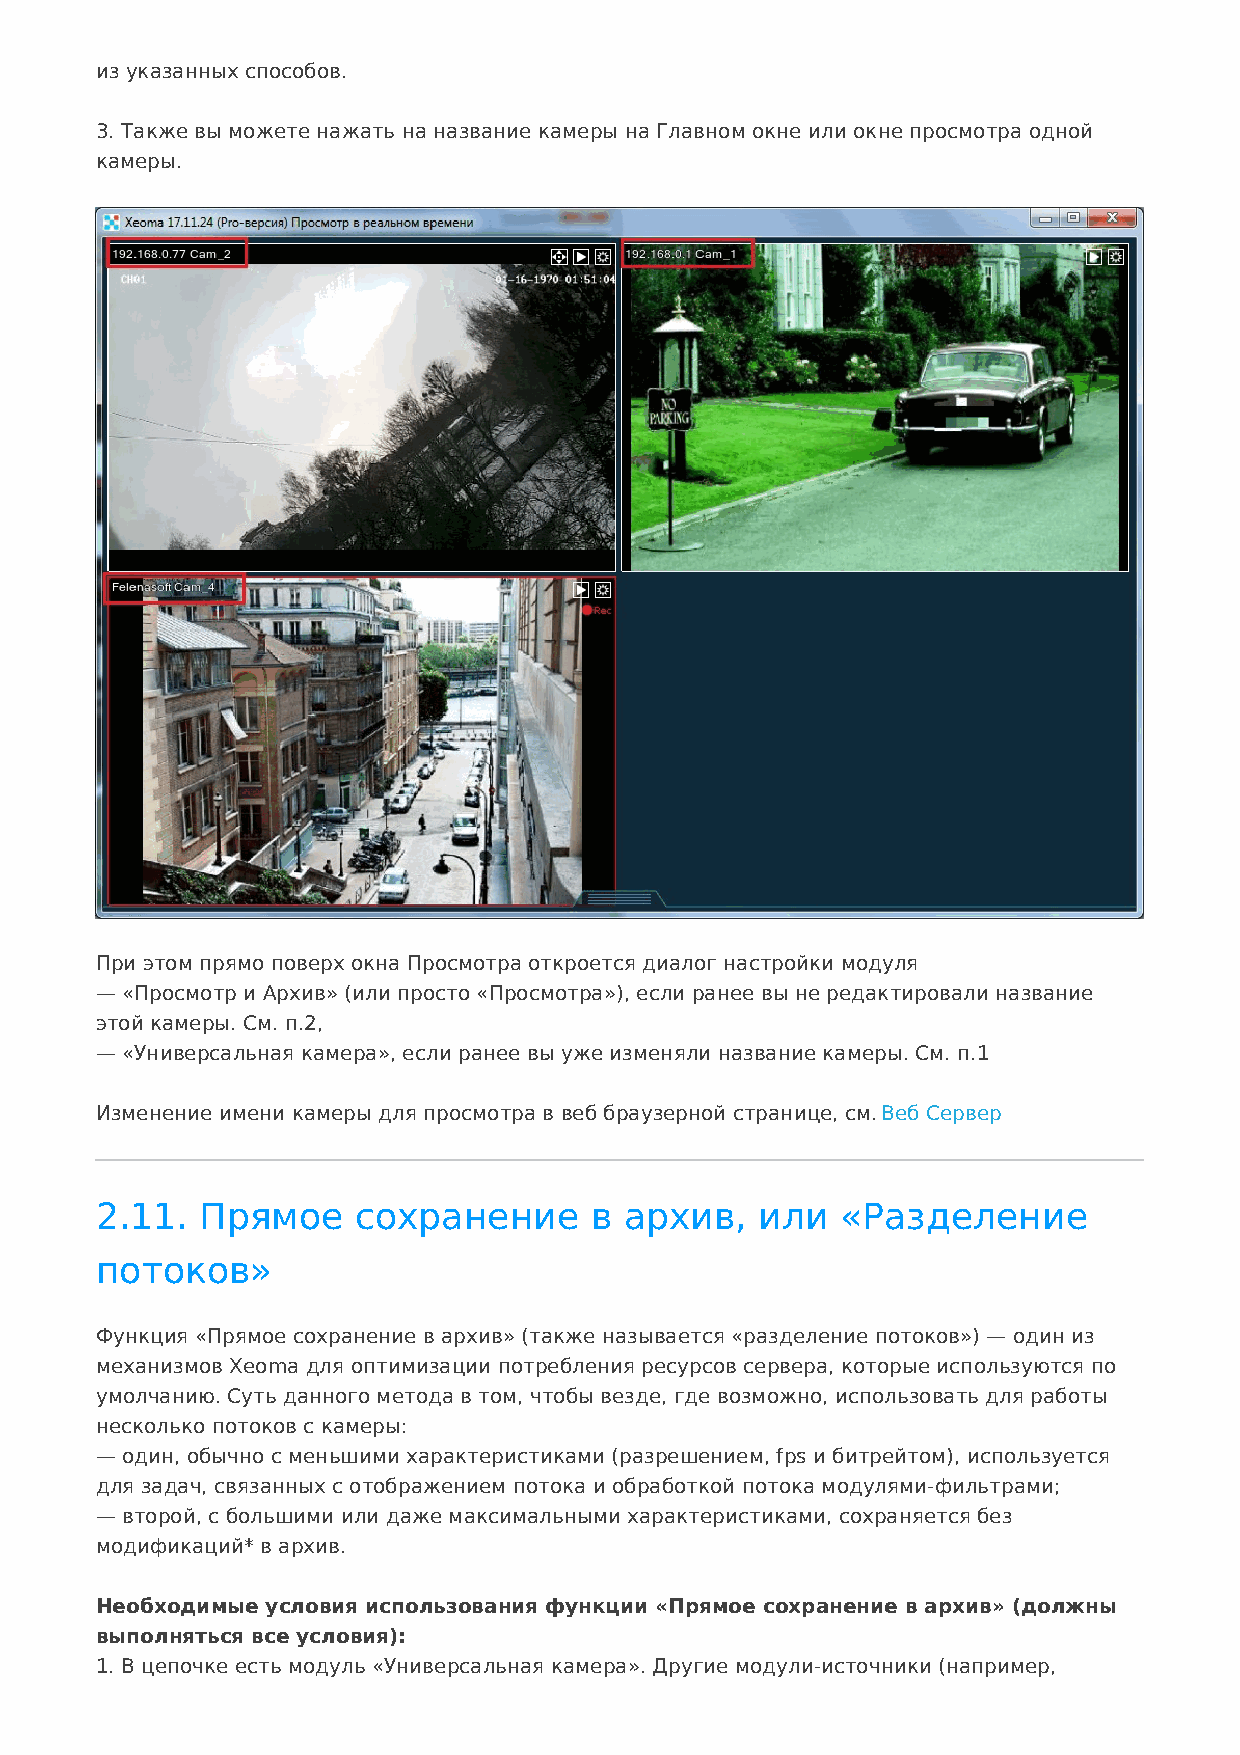
из указанных способов.
 3. Также вы можете нажать на название камеры на Главном окне или окне просмотра одной
 камеры.
 При этом прямо поверх окна Просмотра откроется диалог настройки модуля
 — «Просмотр и Архив» (или просто «Просмотра»), если ранее вы не редактировали название
 этой камеры. См. п.2,
 — «Универсальная камера», если ранее вы уже изменяли название камеры. См. п.1
 Изменение имени камеры для просмотра в веб браузерной странице, см. Веб Сервер
 2.11.  Прямое    сохранение      в архив,   или   «Разделение
 потоков»
 Функция «Прямое сохранение в архив» (также называется «разделение потоков») — один из
 механизмов Xeoma для оптимизации потребления ресурсов сервера, которые используются по
 умолчанию. Суть данного метода в том, чтобы везде, где возможно, использовать для работы
 несколько потоков с камеры:
 — один, обычно с меньшими характеристиками (разрешением, fps и битрейтом), используется
 для задач, связанных с отображением потока и обработкой потока модулями-фильтрами;
 — второй, с большими или даже максимальными характеристиками, сохраняется без
 модификаций* в архив.
 Необходимые условия использования функции «Прямое сохранение в архив» (должны
 выполняться все условия):
 1. В цепочке есть модуль «Универсальная камера». Другие модули-источники (например,